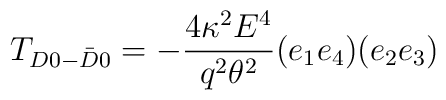
T_{D0-\bar D0}=-\frac{4 \kappa^2 E^4}{q^2 \theta^2}(e_1 e_4) (e_2 e_3)